Vaccination in the Punjab 1867-1880 - 1867-1880
Year: 1867
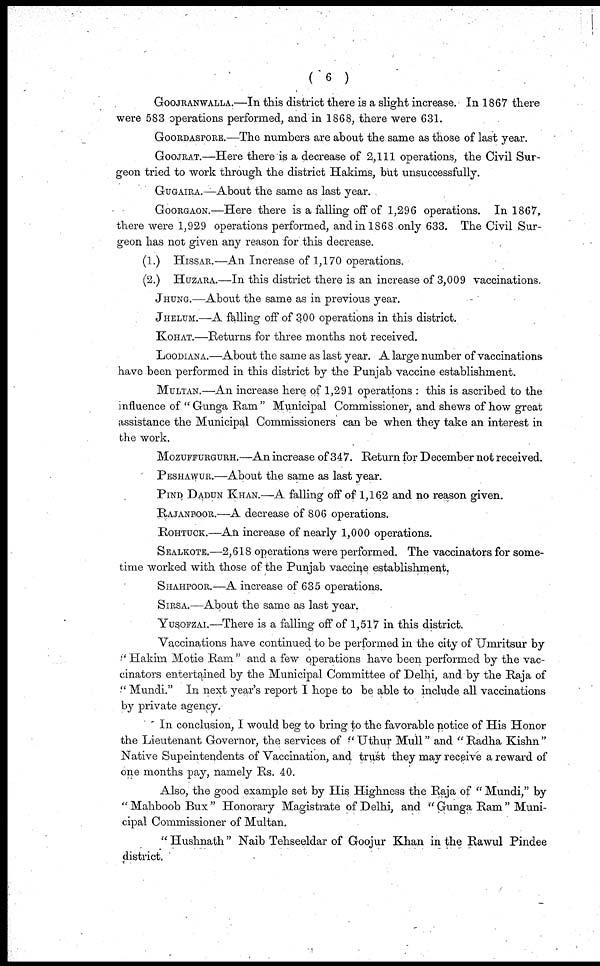
( 6 )
GOOJRANWALLA.—In this district there is a slight increase. In 1867 there
were 583 operations performed, and in 1868, there were 631.
GOORDASPORE.—The numbers are about the same as those of last year.
GOOJRAT.—Here there is a decrease of 2,111 operations, the Civil Sur-
geon tried to work through the district Hakims, but unsuccessfully.
GUGAIRA.—About the same as last year.
GOORGAON.—Here there is a falling off of 1,296 operations. In 1867,
there were 1,929 operations performed, and in 1868 only 633. The Civil Sur-
geon has not given any reason for this decrease.
(1.) HISSAR.—An Increase of 1,170 operations.
(2.) HUZARA.—In this district there is an increase of 3,009 vaccinations.
JHUNG.—About the same as in previous year.
JHELUM.—A falling off of 300 operations in this district.
KOHAT.—Returns for three months not received.
LOODIANA.—About the same as last year. A large number of vaccinations
have been performed in this district by the Punjab vaccine establishment.
MULTAN.—An increase here of 1,291 operations : this is ascribed to the
influence of "Gunga Ram" Municipal Commissioner, and shews of how great
assistance the Municipal Commissioners can be when they take an interest in
the work.
MOZUFFURGURH.—An increase of 347. Return for December not received.
PESHAWUR.—About the same as last year.
PIND DADUN KHAN.—A falling off of 1,162 and no reason given.
RAJANPOOR.—A decrease of 806 operations.
ROHTUCK.—An increase of nearly 1,000 operations.
SEALKOTE.—2,618 operations were performed. The vaccinators for some-
time worked with those of the Punjab vaccine establishment.
SHAHPOOR.—A increase of 635 operations.
SIRSA.—About the same as last year.
YUSOFZAI.—There is a falling off of 1,517 in this district.
Vaccinations have continued to be performed in the city of Umritsur by
''Hakim Motie Ram" and a few operations have been performed by the vac-
cinators entertained by the Municipal Committee of Delhi, and by the Raja of
"Mundi." In next year's report I hope to be able to include all vaccinations
by private agency.
In conclusion, I would beg to bring to the favorable notice of His Honor
the Lieutenant Governor, the services of "Uthur Mull" and "Radha Kishn"
Native Supeintendents of Vaccination, and trust they may receive a reward of
one months pay, namely Rs. 40.
Also, the good example set by His Highness the Raja of "Mundi," by
"Mahboob Bux" Honorary Magistrate of Delhi, and "Gunga Ram" Muni-
cipal Commissioner of Multan.
"Hushnath" Naib Tehseeldar of Goojur Khan in the Rawul Pindee
district.